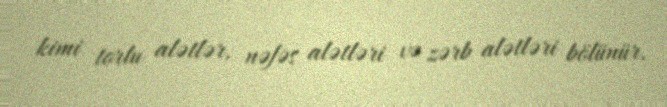
kimi torlu alətlər, nəfəs alətləri və zərb alətləri bölünür.